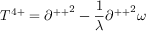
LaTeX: T ^ { 4 + } = { \partial ^ { + + } } ^ { 2 } - \frac { 1 } { \lambda } { \partial ^ { + + } } ^ { 2 } \omega